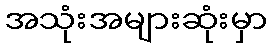
အသုံးအများဆုံးမှာ